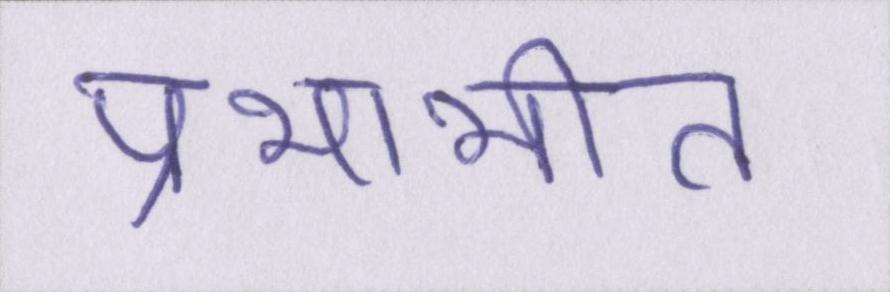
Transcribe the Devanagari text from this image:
प्रभाभीत